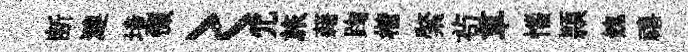
断漣境惙〻冗旅藉踘楷綮茍草惱頴餽禧